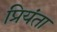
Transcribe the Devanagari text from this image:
प्रियंता